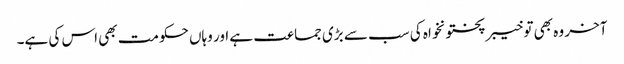
آخر وہ بھی تو خیبر پختونخواہ کی سب سے بڑی جماعت ہے اور وہاں حکومت بھی اس کی ہے۔